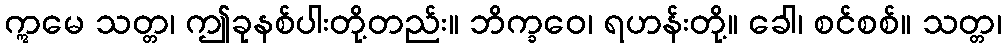
ဣမေ သတ္တ၊ ဤခုနစ်ပါးတို့တည်း။ ဘိက္ခဝေ၊ ရဟန်းတို့။ ခေါ၊ စင်စစ်။ သတ္တ၊